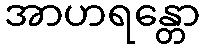
အာဟရန္တော